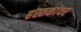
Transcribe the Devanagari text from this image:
हस्तकांवर